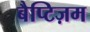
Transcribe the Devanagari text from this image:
बैप्टिज़म